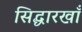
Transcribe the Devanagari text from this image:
सिद्धारखाँ